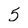
Character: 5